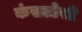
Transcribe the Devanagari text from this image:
कंसल्टेसी